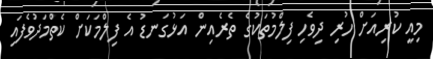
މިއީ ކުރިއަށް ހުރި ދިވެހި ފިލްމުތަކުގެ ތެރެއިން އަޅުގަނޑު އެ ފިލްމަކަށް ކެތްމަދުވެފައި